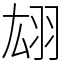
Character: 翃